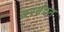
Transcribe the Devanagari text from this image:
वरवंदन